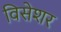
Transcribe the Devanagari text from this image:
विसेशर